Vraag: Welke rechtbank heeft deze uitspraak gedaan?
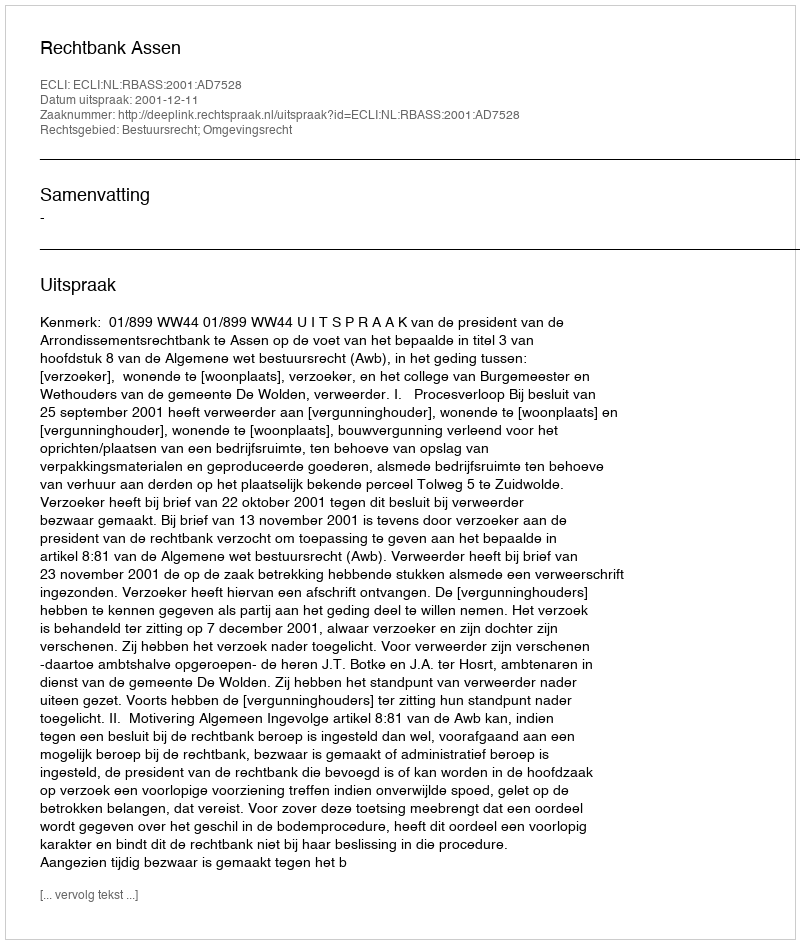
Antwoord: Rechtbank Assen